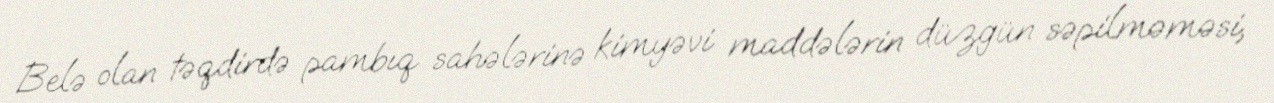
Belə olan təqdirdə pambıq sahələrinə kimyəvi maddələrin düzgün səpilməməsi,